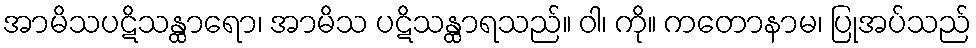
အာမိသပဋိသန္ထာရော၊ အာမိသ ပဋိသန္ထာရသည်။ ဝါ၊ ကို။ ကတောနာမ၊ ပြုအပ်သည်